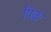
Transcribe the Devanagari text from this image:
पिक्